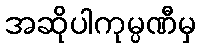
အဆိုပါကုမ္ပဏီမှ